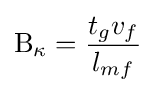
\mathrm {B_{\kappa }} ={\frac {t_{g}v_{f}}{l_{mf}}}